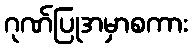
ဂုဏ်ပြုအမှာစကား